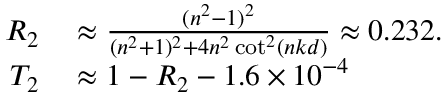
\begin{array} { r l } { R _ { 2 } } & { { } \approx \frac { ( n ^ { 2 } - 1 ) ^ { 2 } } { ( n ^ { 2 } + 1 ) ^ { 2 } + 4 n ^ { 2 } \cot ^ { 2 } ( n k d ) } \approx 0 . 2 3 2 . } \\ { T _ { 2 } } & { { } \approx 1 - R _ { 2 } - 1 . 6 \times 1 0 ^ { - 4 } } \end{array}